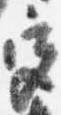
宮